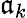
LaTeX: \mathfrak{a}_{k}